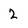
Character: 2